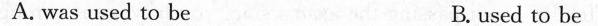
A. was used to be B. used to be